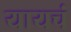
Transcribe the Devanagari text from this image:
यायचं